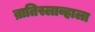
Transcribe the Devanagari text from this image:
ब्रातिस्लाव्हाला